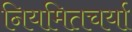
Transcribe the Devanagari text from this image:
नियमितचर्या